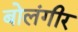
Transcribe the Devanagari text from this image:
बोलंगीर